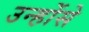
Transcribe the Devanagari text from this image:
उन्होंसे